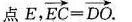
点E， $$\overrightarrow { E C } = \overrightarrow { D O }$$